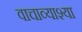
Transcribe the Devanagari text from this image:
वाचाव्याश्या